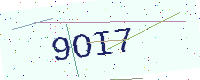
Text: 9OI7